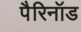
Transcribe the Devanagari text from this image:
पैरिनॉड